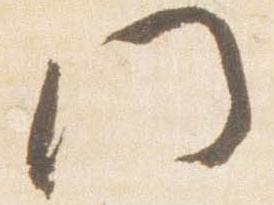
門